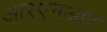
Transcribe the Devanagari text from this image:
आरएनआर